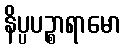
နိပ္ပပဉ္စာရာမော